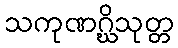
သကုဏဂ္ဃိသုတ္တ